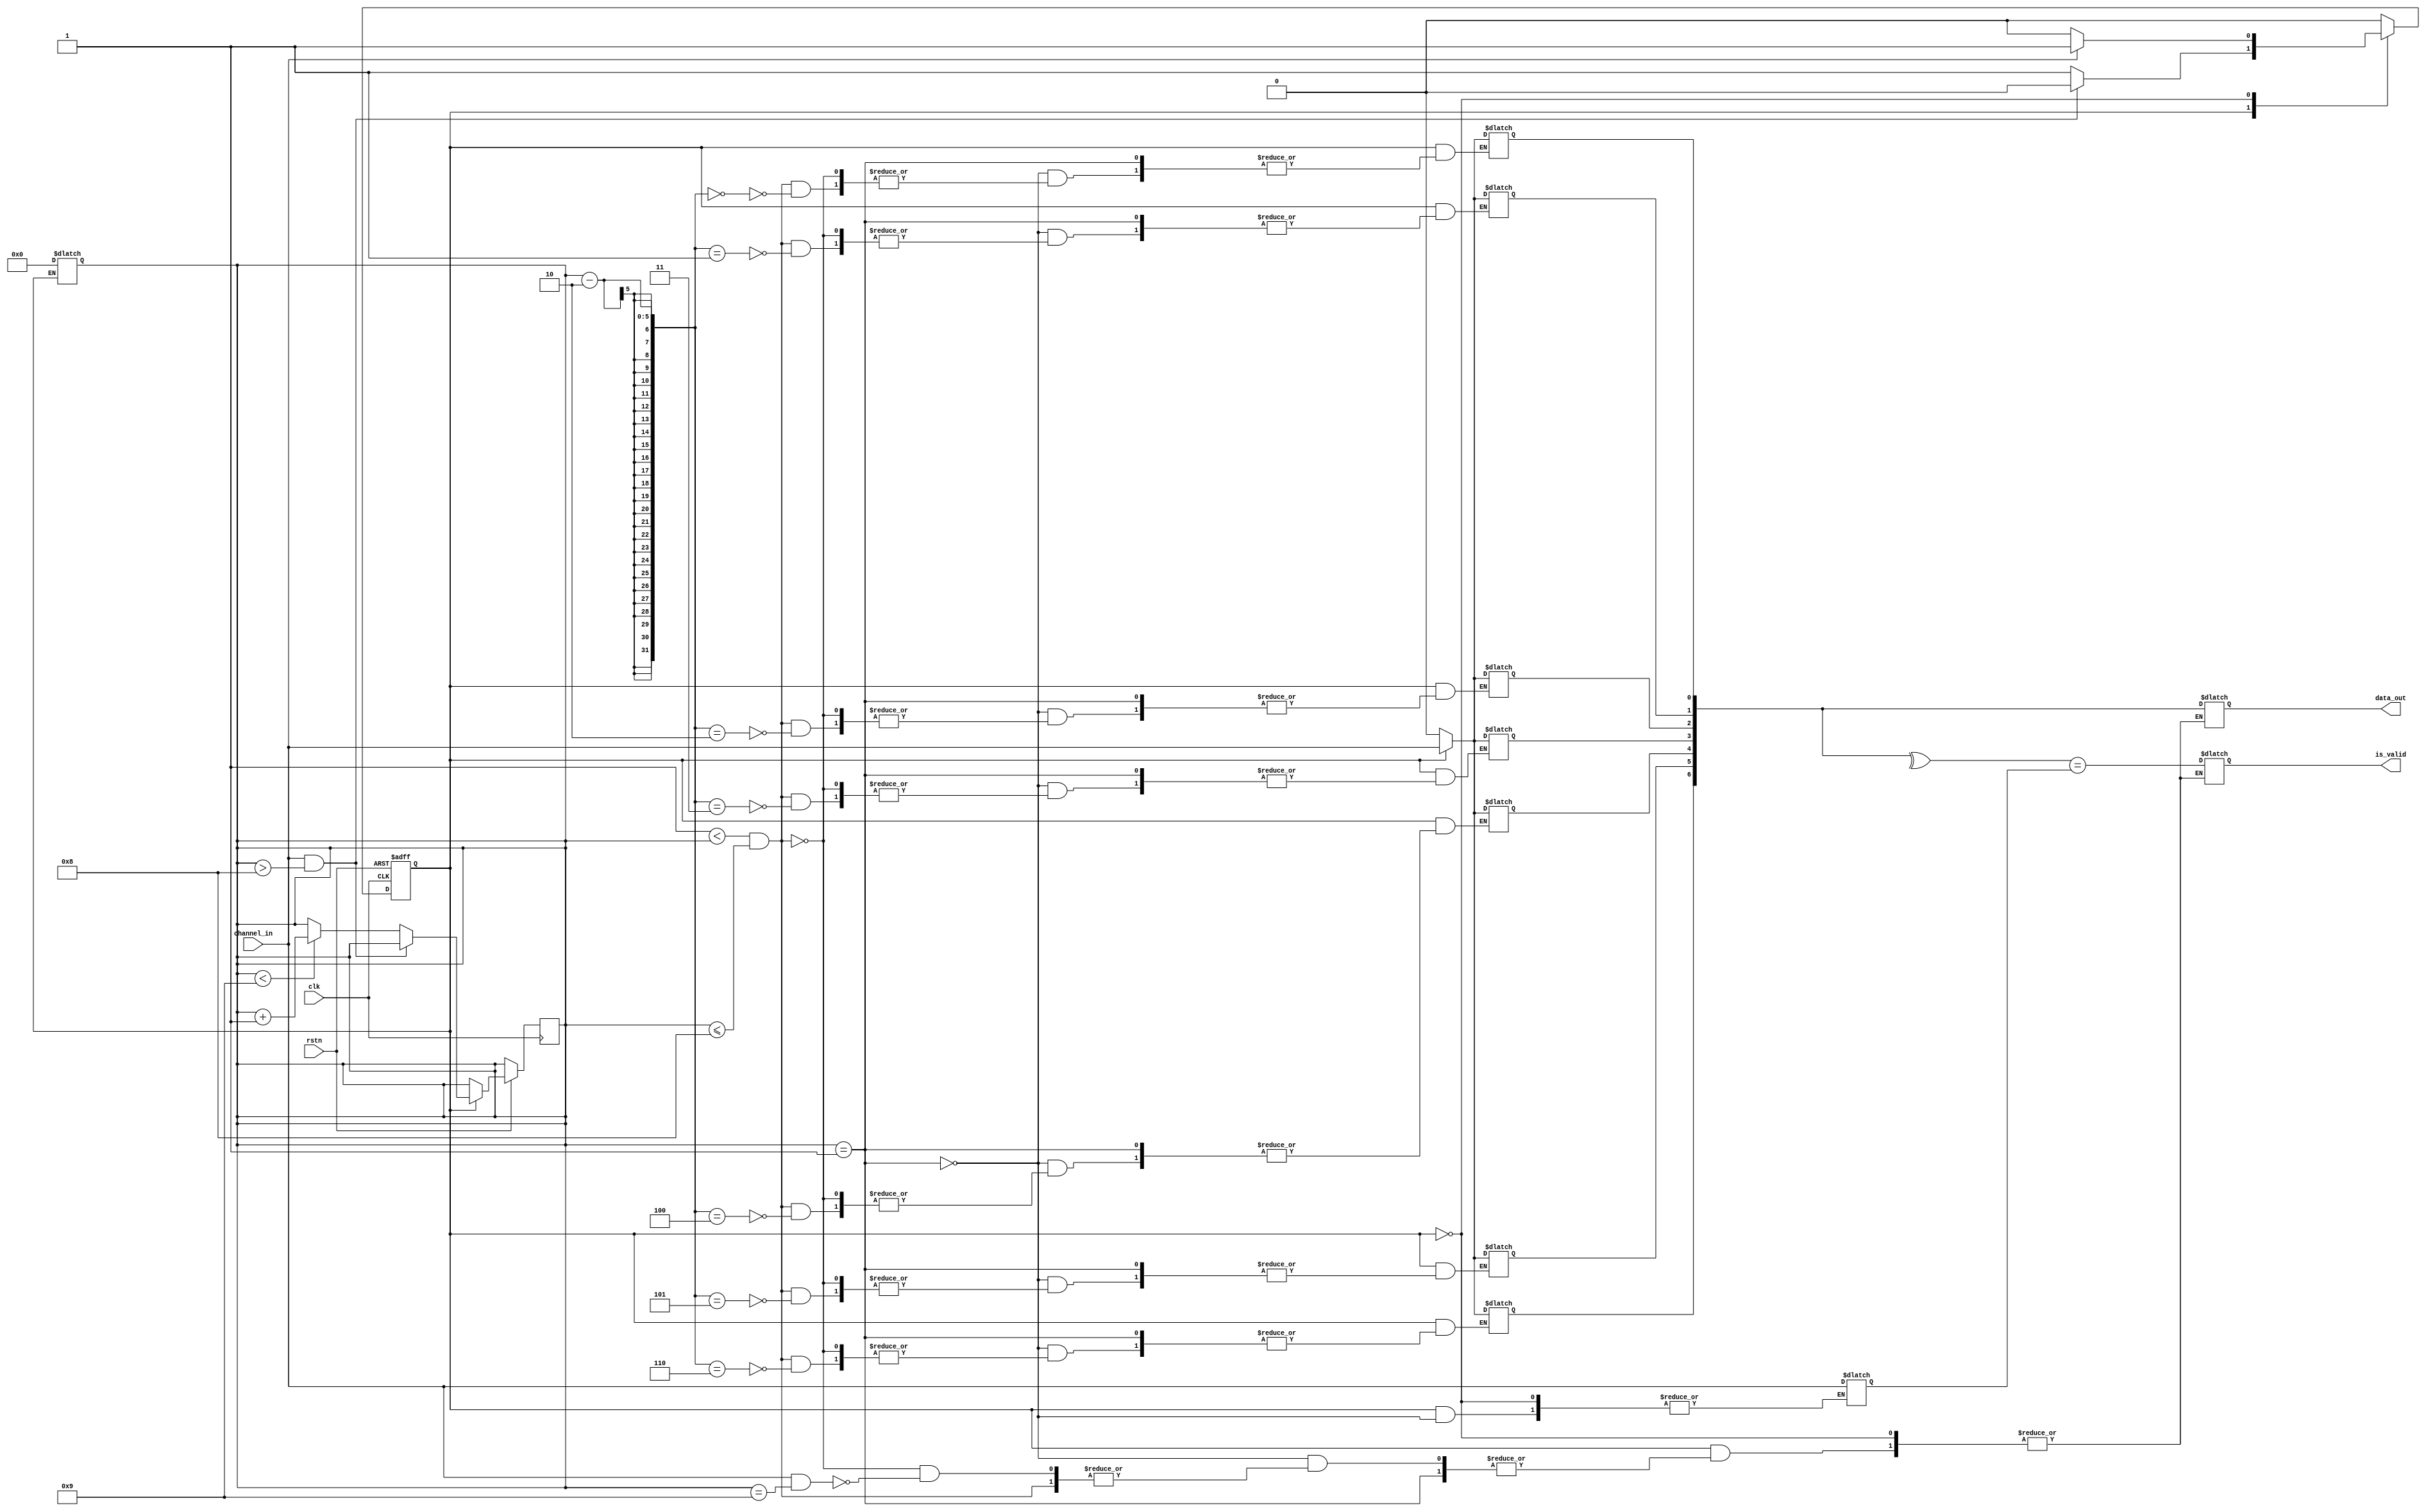
`define RST 1'b0
`define RECV 1'b1

module RX (clk,
           rstn,
           channel_in,
           data_out,
           is_valid);
    
    parameter BIT_LEN = 7;
    
    input clk, rstn, channel_in;
    output reg is_valid;
    output reg [BIT_LEN - 1:0] data_out;
    
    reg state, parity;
    reg [BIT_LEN - 1:0] buffer;
    reg [$clog2(BIT_LEN + 1 + 1 + 1):0] fetch_idx;
    
    always @(posedge clk or negedge rstn) begin
        if (!rstn) begin
            state <= `RST;
        end
        else begin
            case (state)
                `RECV:
                begin
                    if (channel_in && fetch_idx > BIT_LEN + 1) begin
                        state <= `RST;
                    end
                    else if (fetch_idx < BIT_LEN + 2) begin
                        fetch_idx <= fetch_idx + 1;
                    end
                end
                `RST:
                begin
                    if (channel_in) begin
                        state <= `RECV;
                    end
                end
            endcase
        end
    end
    
    always @(state or fetch_idx) begin
        case (state)
            `RECV:
            begin
                if (fetch_idx == 1)  begin
                    parity <= channel_in;
                end
                else if (1 < fetch_idx && fetch_idx <= BIT_LEN + 1) begin
                    buffer[fetch_idx - 2] <= channel_in;
                end
                else if (channel_in && fetch_idx == BIT_LEN + 2) begin
                    data_out <= buffer;
                    is_valid <= (^buffer == parity);
                end
            end
            `RST:
            begin
                buffer    <= 0;
                fetch_idx <= 0;
            end
        endcase
    end
    
endmodule